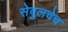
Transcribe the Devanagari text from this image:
सेवुलचेच